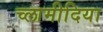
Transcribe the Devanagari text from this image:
च्‍लामीदिया